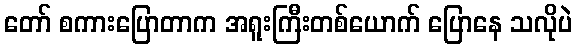
တော် စကားပြောတာက အရူးကြီးတစ်ယောက် ပြောနေ သလိုပဲ